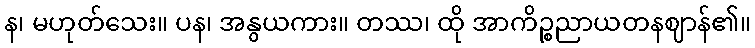
န၊ မဟုတ်သေး။ ပန၊ အနွယကား။ တဿ၊ ထို အာကိဉ္စညာယတနဈာန်၏။